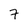
Character: 7